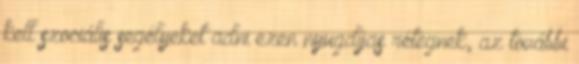
kell szociális segélyeket adni ezen nyugdíjas rétegnek, az további